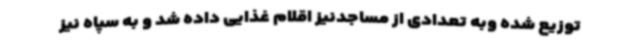
توزیع شده وبه تعدادی از مساجدنیز اقلام غذایی داده شد و به سپاه نیز